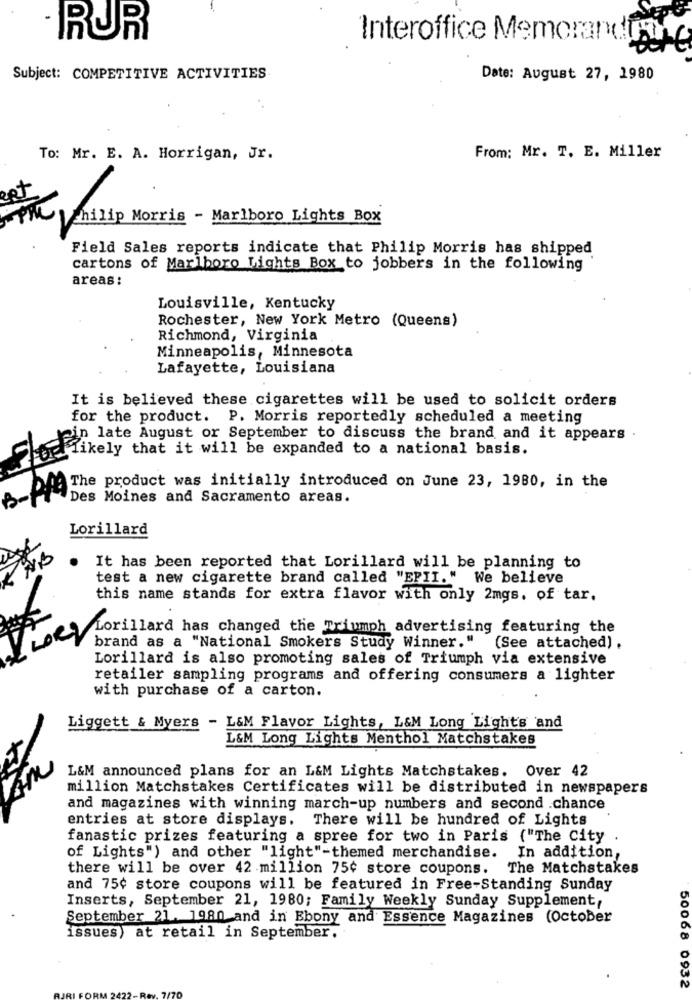
· RUR
Interoffice Memorand
Subject: COMPETITIVE ACTIVITIES
Date: August 27, 1980
To: Mr. E. A. Horrigan, Jr.
From: Mr. T. E. Miller
Rt
\chilip Morris - Marlboro Lights Box
Field Sales reports indicate that Philip Morris has shipped
cartons of Marlboro Lights Box to jobbers in the following
areas :
Louisville, Kentucky
Rochester, New York Metro (Queens)
Richmond, Virginia
Minneapolis, Minnesota
Lafayette, Louisiana
It is believed these cigarettes will be used to solicit orders
for the product. P. Morris reportedly scheduled a meeting
ein late August or September to discuss the brand and it appears .
Likely that it will be expanded to a national basis.
The product was initially introduced on June 23, 1980, in the
Des Moines and Sacramento areas.
Lorillard
It has been reported that Lorillard will be planning to
test a new cigarette brand called "EPII." We believe
this name stands for extra flavor with only 2mgs. of tar.
MLorillard has changed the Triumph advertising featuring the
brand as a "National Smokers Study Winner." (See attached) .
Lorillard is also promoting sales of Triumph via extensive
retailer sampling programs and offering consumers a lighter
with purchase of a carton.
Liggett & Myers - L&M Flavor Lights, L&M Long Light's and
L&M Long Lights Menthol Matchstakes
L&M announced plans for an L&M Lights Matchstakes. Over 42
million Matchstakes Certificates will be distributed in newspapers
and magazines with winning march-up numbers and second .chance
entries at store displays. There will be hundred of Lights
fanastic prizes featuring a spree for two in Paris ("The City .
of Lights") and other "light"-themed merchandise.
In addition,
there will be over 42 million 75¢ store coupons.
The Matchstakes
and 75¢ store coupons will be featured in Free-Standing Sunday
Inserts, September 21, 1980; Family Weekly Sunday Supplement,
September 21. 1980 and in Ebony and Essence Magazines (October
issues) at retail in September.
50068 0932